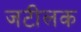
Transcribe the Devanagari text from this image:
जटीलक